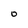
Character: O